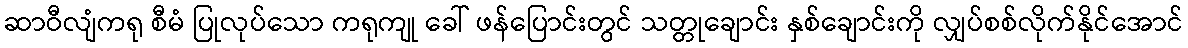
ဆာဝီလျံကရု စီမံ ပြုလုပ်သော ကရုကျု ခေါ် ဖန်ပြောင်းတွင် သတ္တုချောင်း နှစ်ချောင်းကို လျှပ်စစ်လိုက်နိုင်အောင်